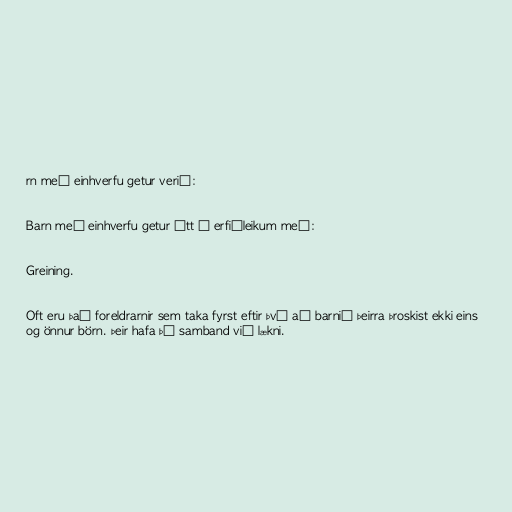
rn með einhverfu getur verið:

Barn með einhverfu getur átt í erfiðleikum með:

Greining.

Oft eru það foreldrarnir sem taka fyrst eftir því að barnið þeirra þroskist ekki eins
og önnur börn. Þeir hafa þá samband við lækni.